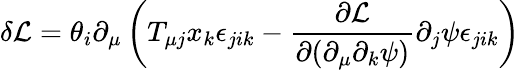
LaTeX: \delta\mathcal{L}=\theta_{i}\partial_{\mu}\left(T_{\mu j}x_{k}\epsilon_{jik}-\frac{\partial\mathcal{L}}{\partial(\partial_{\mu}\partial_{k}\psi)}\partial_{j}\psi\epsilon_{jik}\right)